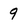
Character: 9